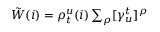
\begin{array} { r } { \tilde { W } ( i ) = \rho _ { t } ^ { u } ( i ) \sum _ { \rho } [ \gamma _ { u } ^ { t } ] ^ { \rho } } \end{array}